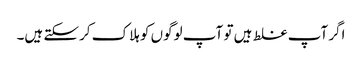
اگر آپ غلط ہیں تو آپ لوگوں کو ہلاک کرسکتے ہیں۔